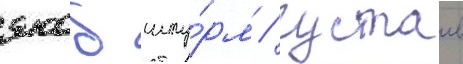
якоб шту́рм / густав